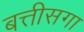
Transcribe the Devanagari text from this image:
बत्तीसगा